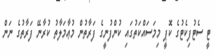
ޓީ ސެޓުފިކެޓުގެ ކޮޕީ މިމަސައްކަތުގައި ކުންފުނީގެ ފަރާތުން މުޢާމަލާތު ކުރާނޭ ފަރާތުގެ ނަން